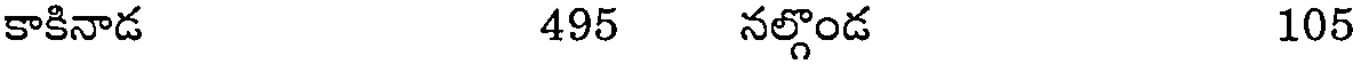
కాకినాడ 495 నల్గొండ 105